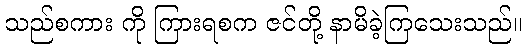
သည်စကား ကို ကြားရစက ဇင်တို့ နာမိခဲ့ကြသေးသည်။